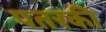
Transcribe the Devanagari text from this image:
पतरकी